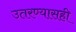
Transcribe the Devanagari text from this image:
उतरण्यासही